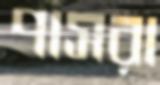
পাসরা